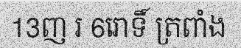
13ញ រ 6រោទិ៍ ត្រពាំង